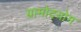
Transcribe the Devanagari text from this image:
ग्रामोदयोग